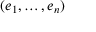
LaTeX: ( e _ { 1 } , \ldots , e _ { n } )